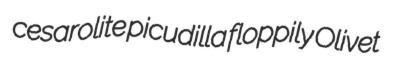
cesarolite picudilla floppily Olivet